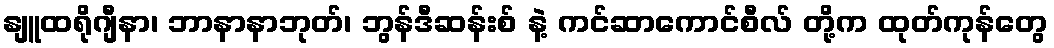
နျူထရိုဂျီနာ၊ ဘာနာနာဘုတ်၊ ဘွန်ဒီဆန်းစ် နဲ့ ကင်ဆာကောင်စီလ် တို့က ထုတ်ကုန်တွေ